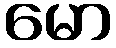
မော